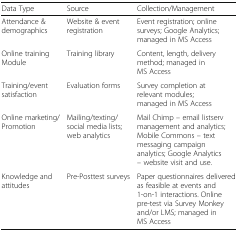
| Data Type | Source | Collection/Management |
 | --- | --- | --- |
 | Attendance & demographics | Website & event registration | Event registration; online surveys; Google Analytics; managed in MS Access |
 | Online training Module | Training library | Content, length, delivery method; managed in MS Access |
 | Training/event satisfaction | Evaluation forms | Survey completion at relevant modules; managed in MS Access |
 | Online marketing/Promotion | Mailing/texting/social media lists; web analytics | Mail Chimp – email listserv management and analytics; Mobile Commons – text messaging campaign analytics; Google Analytics – website visit and use. |
 | Knowledge and attitudes | Pre-Posttest surveys | Paper questionnaires delivered as feasible at events and 1-on-1 interactions. Online pre-test via Survey Monkey and/or LMS; managed in MS Access |